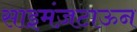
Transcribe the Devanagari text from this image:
साइमंज़टाऊन